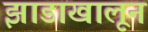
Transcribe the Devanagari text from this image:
झाडाखालून